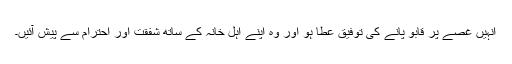
انہیں غصے پر قابو پانے کی توفیق عطا ہو اور وہ اپنے اہلِ خانہ کے ساتھ شفقت اور احترام سے پیش آئیں۔